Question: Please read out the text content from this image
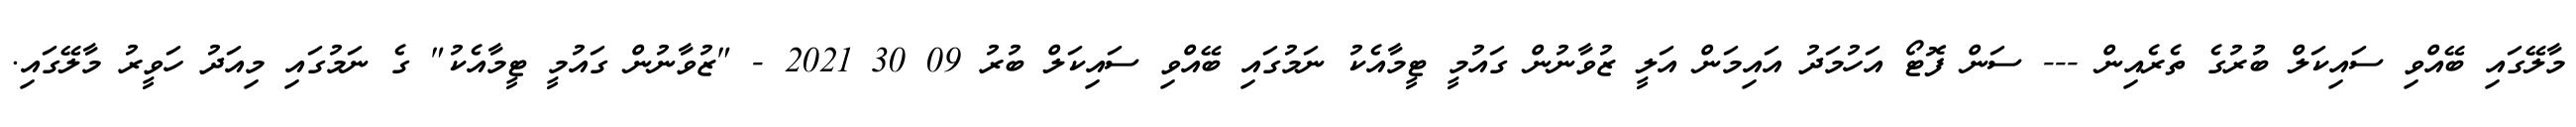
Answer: މާލޭގައި ބޭއްވި ސައިކަލް ބުރުގެ ތެރެއިން --- ސަން ފޮޓޯ އަހުމަދު އައިމަން އަލީ ޒުވާނުން ގައުމީ ޓީމާއެކު ނަމުގައި ބޭއްވި ސައިކަލް ބުރު 09 30 2021 - "ޒުވާނުން ގައުމީ ޓީމާއެކު" ގެ ނަމުގައި މިއަދު ހަވީރު މާލޭގައި.